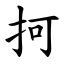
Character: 抲